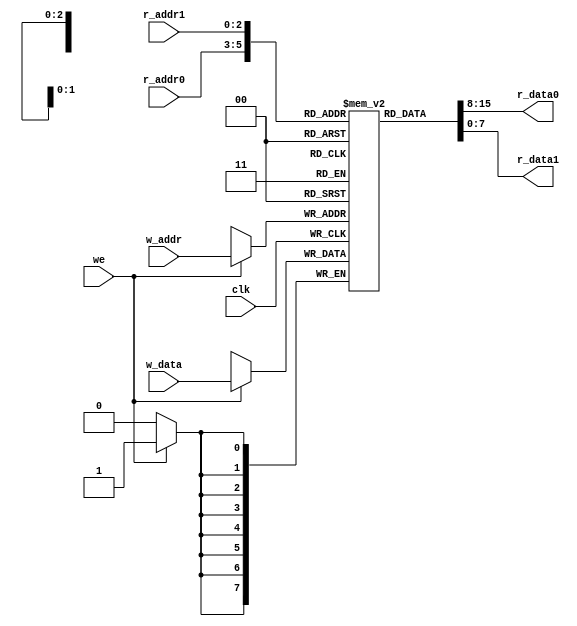

module ram_3ports
    #(parameter ADDR_WIDTH = 3, DATA_WIDTH = 8)
    (
        input clk,
        input we,
        input [ADDR_WIDTH - 1: 0] r_addr0, r_addr1, // reading addresses
        input [ADDR_WIDTH - 1: 0] w_addr, // writing address
        input [DATA_WIDTH - 1: 0] w_data, // writing data
        output [DATA_WIDTH - 1: 0] r_data0, r_data1 // reading data
    );
    
    reg [DATA_WIDTH - 1: 0] memory [0: 2 ** ADDR_WIDTH - 1];
    
    // write operation
    always @(posedge clk)
    begin
        if (we)
            memory[w_addr] <= w_data;
    end
    
    assign r_data0 = memory[r_addr0];
    assign r_data1 = memory[r_addr1];
    
endmodule